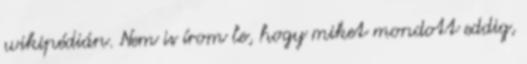
wikipédián. Nem is írom le, hogy miket mondott eddig,